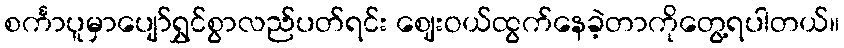
စင်္ကာပူမှာပျော်ရွှင်စွာလည်ပတ်ရင်း ဈေးဝယ်ထွက်နေခဲ့တာကိုတွေ့ရပါတယ်။